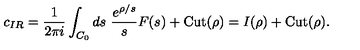
c _ { I R } = \frac { 1 } { 2 \pi i } \int _ { C _ { 0 } } d s \ \frac { e ^ { \rho / s } } { s } F ( s ^ { } ) + \mathrm { C u t } ( \rho ) = I ( \rho ) + \mathrm { C u t } ( \rho ) .